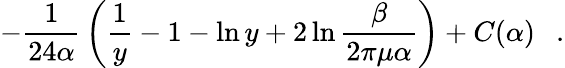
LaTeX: -{\frac{1}{24\alpha}}\left(\frac 1y-1-\ln y+2\ln{\frac{\beta}{2\pi\mu\alpha}}\right)+C(\alpha)~~~.